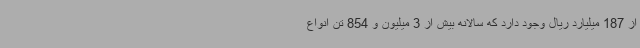
از 187 میلیارد ریال وجود دارد که سالانه بیش از 3 میلیون و 854 تن انواع